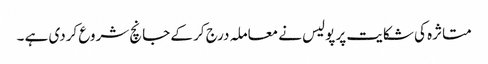
متاثرہ کی شکایت پر پولیس نے معاملہ درج کر کے جانچ شروع کردی ہے ۔